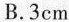
B.3cm